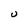
Character: U